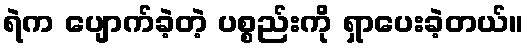
ရဲက ပျောက်ခဲ့တဲ့ ပစ္စည်းကို ရှာပေးခဲ့တယ်။